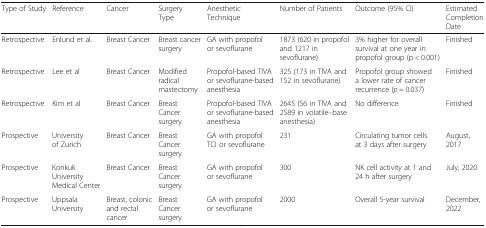
<table><thead><tr><td><b>Type of Study</b></td><td><b>Reference</b></td><td><b>Cancer</b></td><td><b>Surgery Type</b></td><td><b>Anesthetic Technique</b></td><td><b>Number of Patients</b></td><td><b>Outcome (95% CI)</b></td><td><b>Estimated Completion Date</b></td></tr></thead><tbody><tr><td>Retrospective</td><td>Enlund et al.</td><td>Breast Cancer</td><td>Breast cancer surgery</td><td>GA with propofol or sevoflurane</td><td>1873 (620 in propofol and 1217 in sevoflurane)</td><td>3% higher for overall survival at one year in propofol group (p &lt; 0.001)</td><td>Finished</td></tr><tr><td>Retrospective</td><td>Lee et al</td><td>Breast Cancer</td><td>Modified radical mastectomy</td><td>Propofol-based TIVA or sevoflurane-based anesthesia</td><td>325 (173 in TIVA and 152 in sevoflurane)</td><td>Propofol group showed a lower rate of cancer recurrence (<i>p</i> = 0.037)</td><td>Finished</td></tr><tr><td>Retrospective</td><td>Kim et al</td><td>Breast Cancer</td><td>Breast Cancer surgery</td><td>Propofol-based TIVA or sevoflurane-based anesthesia</td><td>2645 (56 in TIVA and 2589 in volatile--base anesthesia)</td><td>No difference</td><td>Finished</td></tr><tr><td>Prospective</td><td>University of Zurich</td><td>Breast Cancer</td><td>Breast Cancer surgery</td><td>GA with propofol TCI or sevoflurane</td><td>231</td><td>Circulating tumor cells at 3 days after surgery</td><td>August, 2017</td></tr><tr><td>Prospective</td><td>Konkuk University Medical Center</td><td>Breast Cancer</td><td>Breast Cancer surgery</td><td>GA with propofol or sevoflurane</td><td>300</td><td>NK cell activity at 1 and 24 h after surgery</td><td>July, 2020</td></tr><tr><td>Prospective</td><td>Uppsala University</td><td>Breast, colonic and rectal cancer</td><td>Breast Cancer surgery</td><td>GA with propofol or sevoflurane</td><td>2000</td><td>Overall 5-year survival</td><td>December, 2022</td></tr></tbody></table>